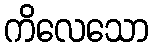
ကိလေသော